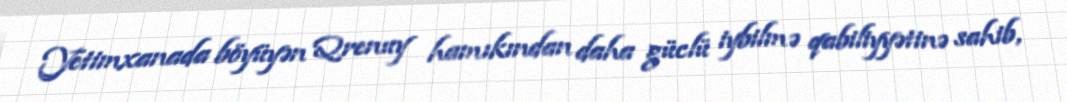
Yetimxanada böyüyən Qrenuy hamıkından daha güclü iybilmə qabiliyyətinə sahib,